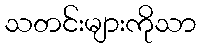
သတင်းများကိုသာ